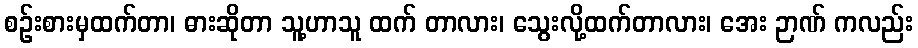
စဉ်းစားမှထက်တာ၊ ဓားဆိုတာ သူ့ဟာသူ ထက် တာလား၊ သွေးလို့ထက်တာလား၊ အေး ဉာဏ် ကလည်း